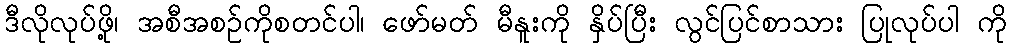
ဒီလိုလုပ်ဖို့၊ အစီအစဉ်ကိုစတင်ပါ၊ ဖော်မတ် မီနူးကို နှိပ်ပြီး လွင်ပြင်စာသား ပြုလုပ်ပါ ကို